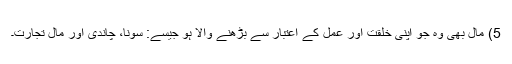
5) مال بھی وہ جو اپنی خلقت اور عمل کے اعتبار سے بڑھنے والا ہو جیسے: سونا، چاندی اور مال تجارت۔